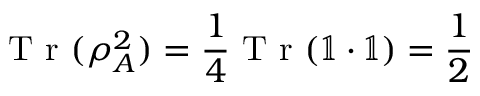
\mathrm { ~ T ~ r ~ } ( \rho _ { A } ^ { 2 } ) = \frac 1 4 \mathrm { ~ T ~ r ~ } ( \mathbb { 1 } \cdot \mathbb { 1 } ) = \frac 1 2